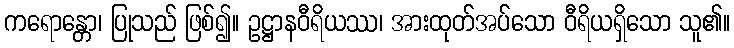
ကရောန္တော၊ ပြုသည် ဖြစ်၍။ ဥဋ္ဌာနဝီရိယဿ၊ အားထုတ်အပ်သော ဝီရိယရှိသော သူ၏။